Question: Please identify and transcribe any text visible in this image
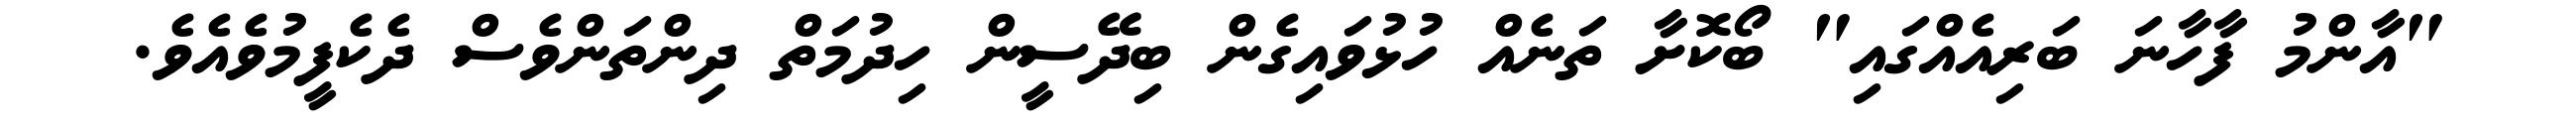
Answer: "އާންމު ފާހާނަ ބަރިއެއްގައި" ބޯކޮށާ ތަނެއް ހުޅުވައިގެން ބިދޭސީން ހިދުމަތް ދިންތަންވެސް ދެކެފީމުވެއެވެ.